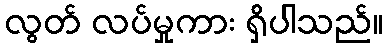
လွတ် လပ်မှုကား ရှိပါသည်။